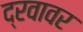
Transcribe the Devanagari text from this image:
द्रवावर